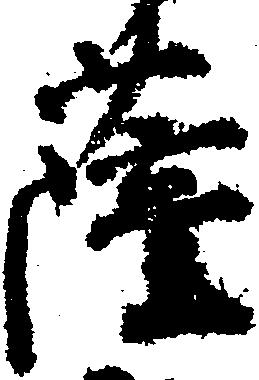
薩